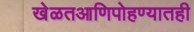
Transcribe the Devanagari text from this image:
खेळतआणिपोहण्यातही